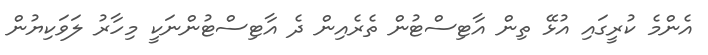
އެންމެ ކުރީގައި އުޅޭ ތިން އާޓިސްޓުން ތެރެއިން ދެ އާޓިސްޓުންނަކީ މިހާރު ލަވަކިޔުން